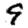
Digit: 9